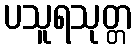
ပသူရသုတ္တ